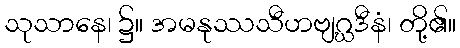
သုသာနေ၊ ၌။ အမနုဿသီဟဗျဂ္ဃဒီနံ၊ တို့၏။